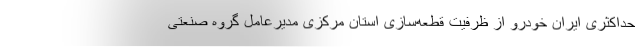
حداکثری ایران خودرو از ظرفیت قطعه‌سازی استان مرکزی مدیرعامل گروه صنعتی